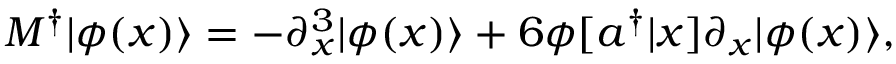
M ^ { \dagger } | \phi ( x ) \rangle = - \partial _ { x } ^ { 3 } | \phi ( x ) \rangle + 6 \phi [ a ^ { \dagger } | x ] \partial _ { x } | \phi ( x ) \rangle ,